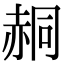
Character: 䞒